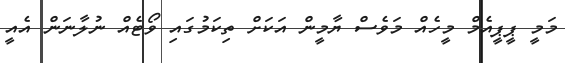
މަމީ ޕީޕީއެމް މީހެއް މަވެސް ޔާމީން އަކަށް ތިކަމުގައި ވޯޓެއް ނުލާނަން އެއީ